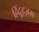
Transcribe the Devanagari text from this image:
हिंदूइज़्म